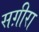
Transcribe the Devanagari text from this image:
सग़ीरा